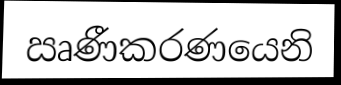
ඍණීකරණයෙනි